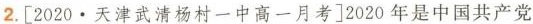
2.[2020·天津武清杨村一中高一月考]2020年是中国共产党